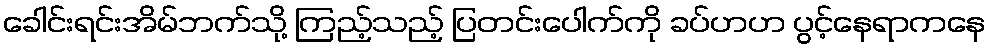
ခေါင်းရင်းအိမ်ဘက်သို့ ကြည့်သည့် ပြတင်းပေါက်ကို ခပ်ဟဟ ပွင့်နေရာကနေ